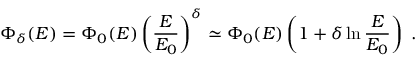
\Phi _ { \delta } ( E ) = \Phi _ { 0 } ( E ) \left( \frac { E } { E _ { 0 } } \right) ^ { \delta } \simeq \Phi _ { 0 } ( E ) \left( 1 + \delta \ln \frac { E } { E _ { 0 } } \right) ~ .